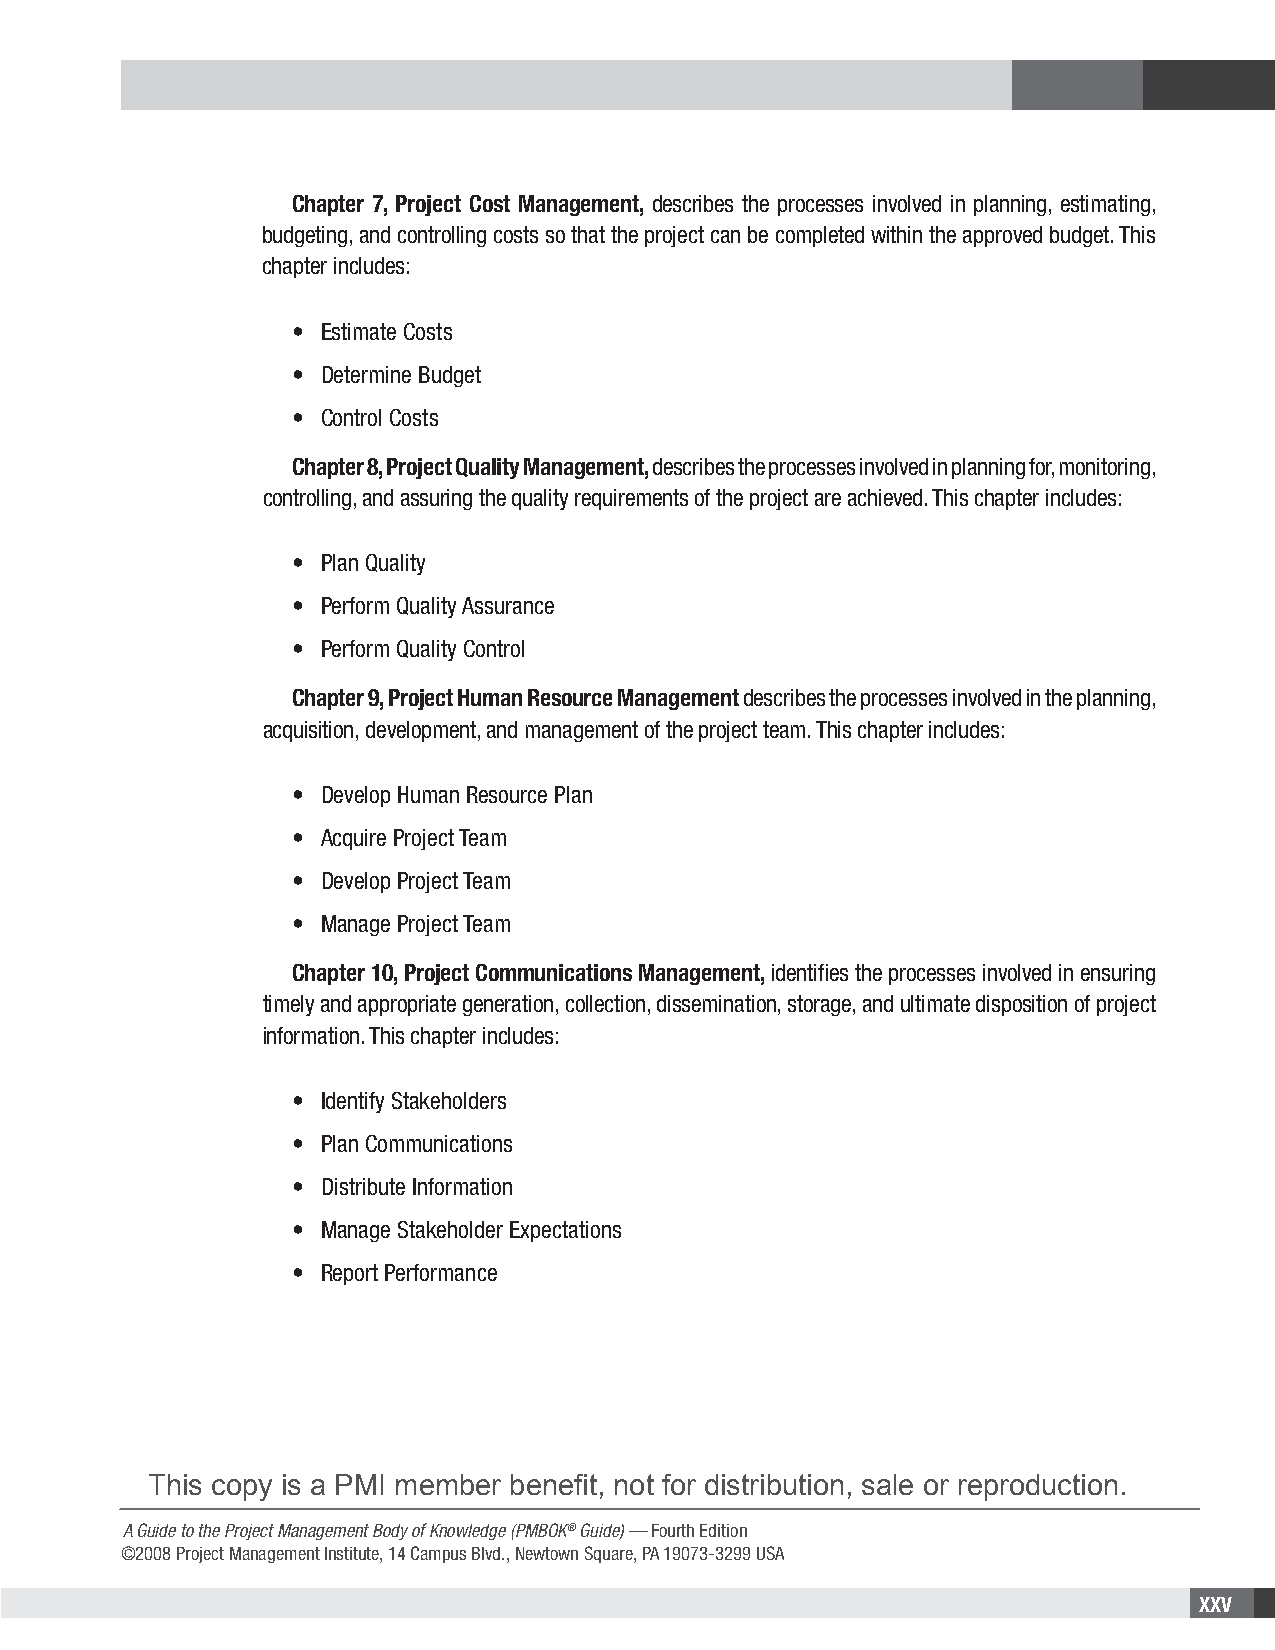
Chapter 7, Project Cost Management, describes the processes involved in planning, estimating,
 budgeting, and controlling costs so that the project can be completed within the approved budget. This
 chapter includes:
 • Estimate Costs
 • Determine Budget
 • Control Costs
 Chapter 8, Project Quality Management, describes the processes involved in planning for, monitoring,
 controlling, and assuring the quality requirements of the project are achieved. This chapter includes:
 • Plan Quality
 • Perform Quality Assurance
 • Perform Quality Control
 Chapter 9, Project Human Resource Management describes the processes involved in the planning,
 acquisition, development, and management of the project team. This chapter includes:
 • Develop Human Resource Plan
 • Acquire Project Team
 • Develop Project Team
 • Manage Project Team
 Chapter 10, Project Communications Management, identifies the processes involved in ensuring
 timely and appropriate generation, collection, dissemination, storage, and ultimate disposition of project
 information. This chapter includes:
 • Identify Stakeholders
 • Plan Communications
 • Distribute Information
 • Manage Stakeholder Expectations
 • Report Performance
 This copy is a PMI member benefit, not for distribution, sale or reproduction.
 A Guide to the Project Management Body of Knowledge (PMBOK® Guide) — Fourth Edition
 ©2008 Project Management Institute, 14 Campus Blvd., Newtown Square, PA 19073-3299 USA
 XXV